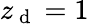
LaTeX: z_{\mathrm{~d~}}=1